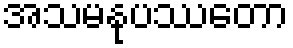
အသမနုပဿတော